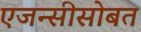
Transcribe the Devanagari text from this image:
एजन्सीसोबत